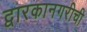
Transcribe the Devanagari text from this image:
द्वारकानगरीची